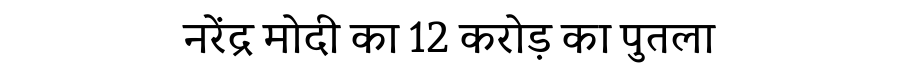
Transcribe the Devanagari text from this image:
नरेंद्र मोदी का 12 करोड़ का पुतला